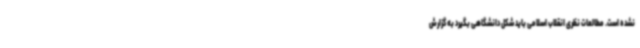
نشده است. مطالعات نظری انقلاب اسلامی باید شکل دانشگاهی بگیرد به گزارش